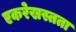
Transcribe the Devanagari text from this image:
एकरेखस्तता